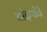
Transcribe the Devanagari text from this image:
चांदणीचे